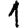
Digit: 1